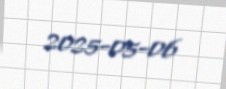
2025-05-06